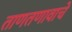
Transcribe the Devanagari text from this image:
ताणतणावाचे